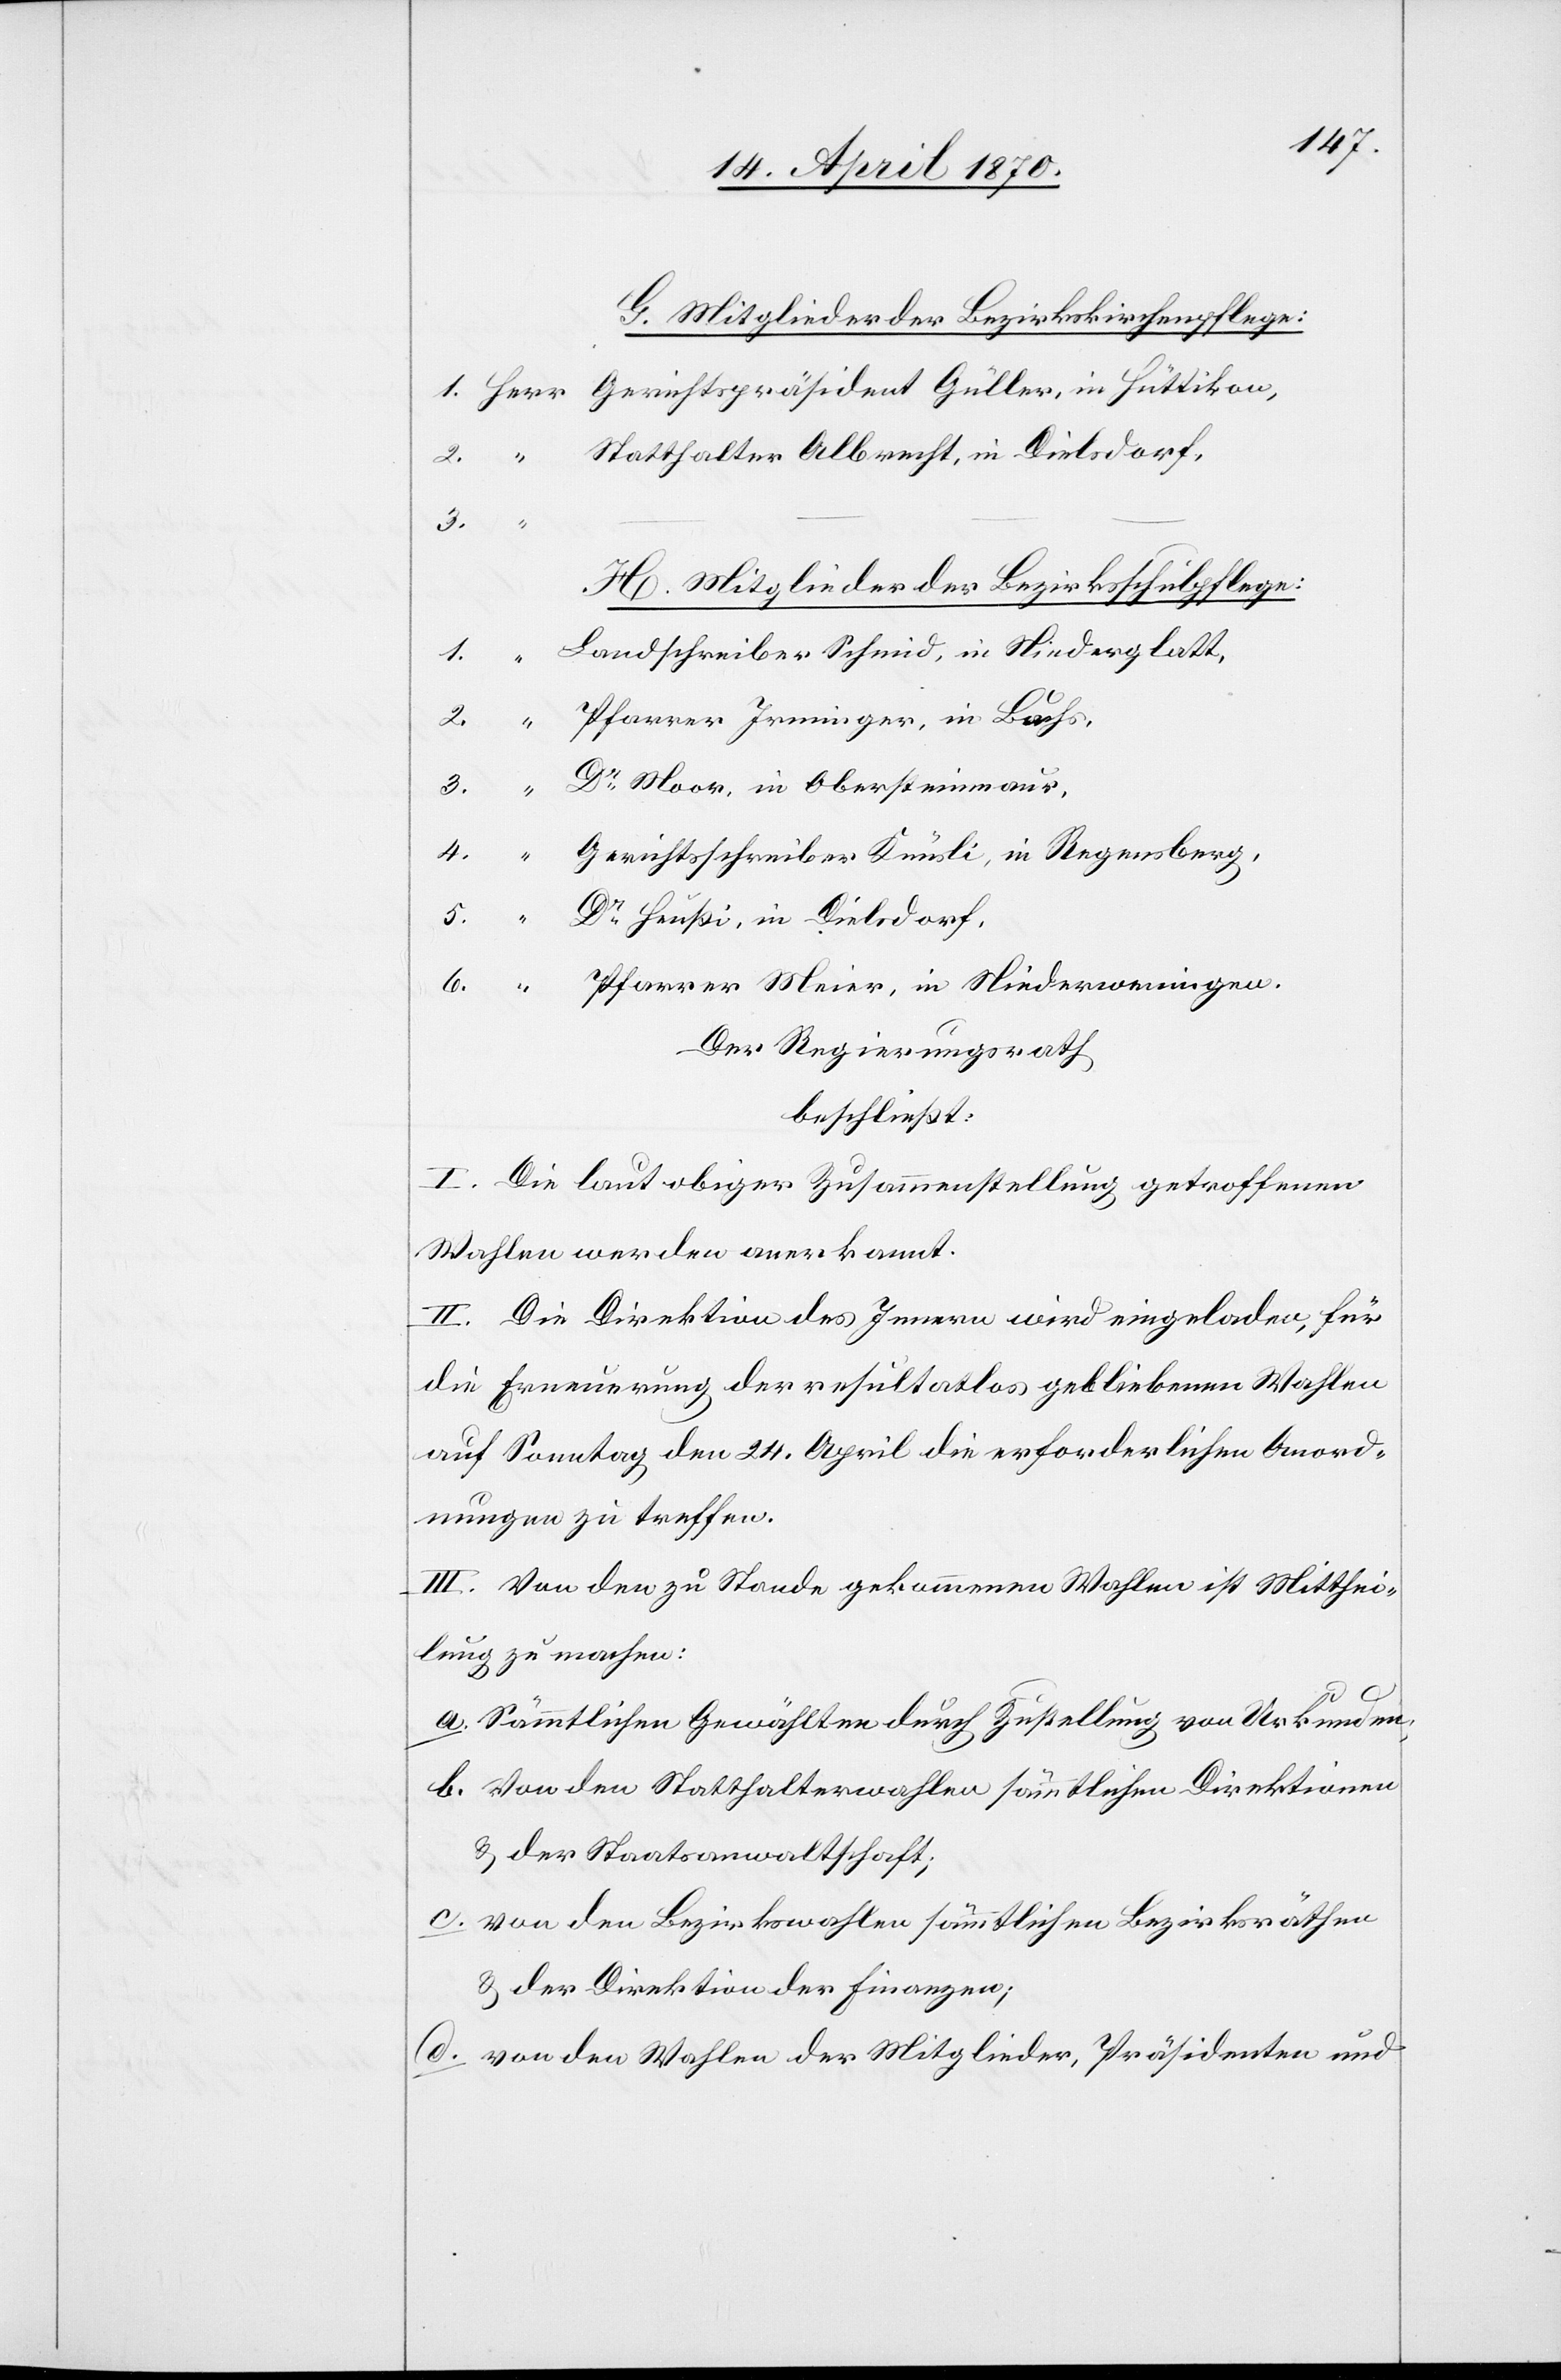
G. Mitglieder der Bezirkskirchenpflege:
3.
H. Mitglieder der Bezirksschulpflege:
Landschreiber Schmid, in Niederglatt,
6.
Dr Moor, in Obersteinmaur,
Gerichtsschreiber Knüsli, in Regensberg,
Dr Heußi, in Dielsdorf,
Der Regierungsrath
beschließt:
I. Die laut obiger Zusammenstellung getroffenen
Wahlen werden anerkannt.
II. Die Direktion des Innern wird eingeladen, für
die Erneuerung der resultatlos gebliebenen Wahlen
auf Sonntag den 24. April die erforderlichen Anord¬
nungen zu treffen.
III. Von den zu Stande gekommenen Wahlen ist Mitthei¬
lung zu machen:
a. Sämmtlichen Gewählten durch Zustellung von Urkunden;
b. Von den Statthalterwahlen sämmtlichen Direktionen
& der Staatsanwaltschaft;
c. von den Bezirkswahlen sämmtlichen Bezirksräthen
& der Direktion der Finanzen;
d. von den Wahlen der Mitglieder, Präsidenten und